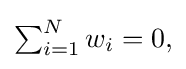
{\textstyle \sum _{i=1}^{N}w_{i}=0,}